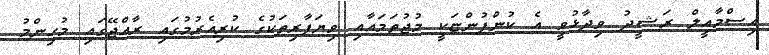
އިސްމާއީލް ރަޝީދު ވިދާޅުވީ އެ ކުންފުންޏަކީ މުޖުތަމައާއި ވިޔަފާރިތަކުގެ ކުރިއެރުމުގައި ރާއްޖޭގައި މުހިންމު